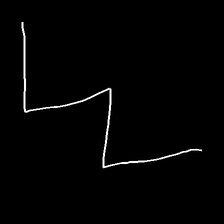
Glyph: crush